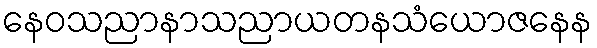
နေဝသညာနာသညာယတနသံယောဇနေန